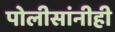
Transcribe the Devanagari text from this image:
पोलीसांनीही